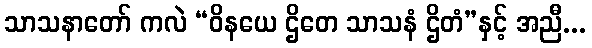
သာသနာတော် ကလဲ “ဝိနယေ ဌိတေ သာသနံ ဌိတံ”နှင့် အညီ...